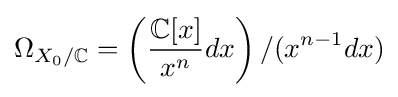
\Omega _{X_{0}/\mathbb {C} }=\left({\frac {\mathbb {C} [x]}{x^{n}}}dx\right)/(x^{n-1}dx)